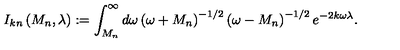
I _ { k n } \left( M _ { n } , \lambda \right) : = \int _ { M _ { n } } ^ { \infty } d \omega \left( \omega + M _ { n } \right) ^ { - 1 / 2 } \left( \omega - M _ { n } \right) ^ { - 1 / 2 } e ^ { - 2 k \omega \lambda } .